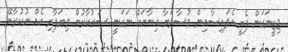
ޖިޒީނަގަން ފެށީ އެފައިސާއިން މުސާރަޔާ އިނާޔައް ނަގަނީ ސަރުކާރުން ވިޔަފާރި އެއް ނުކުރާނޭ